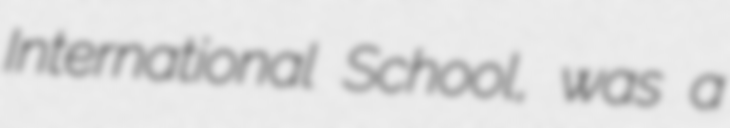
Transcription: International School, was a